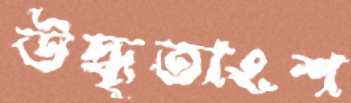
উদ্ধৃতাংশ